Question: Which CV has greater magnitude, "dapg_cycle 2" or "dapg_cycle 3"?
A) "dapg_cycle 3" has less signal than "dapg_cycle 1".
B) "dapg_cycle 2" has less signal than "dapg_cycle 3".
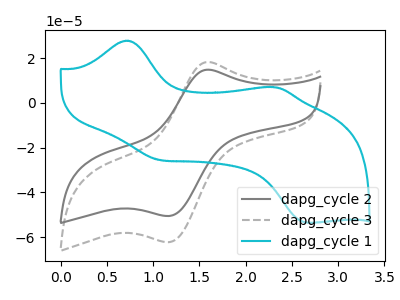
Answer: <think>The gray curve "dapg_cycle 2" has an anodic peak at (1.60V, 14.80uA) and a cathodic peak at (1.15V, -50.55uA). The gray dashed curve "dapg_cycle 3" has an anodic peak at (1.60V, 18.20uA) and a cathodic peak at (1.15V, -62.20uA). The cyan curve "dapg_cycle 1" has anodic peaks at (0.70V, 27.75uA) (2.30V, 6.95uA) and cathodic peaks at (1.05V, -25.55uA) (2.65V, -53.55uA).
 All the peaks in "dapg_cycle 2" have a peak in "dapg_cycle 3" at the same potential. Every peak in "dapg_cycle 2" is lower than every peak in "dapg_cycle 3".</think>
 <answer>B) "dapg_cycle 2" has less signal than "dapg_cycle 3".</answer>
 <eval>B</eval>